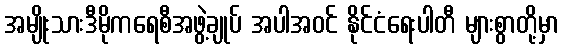
အမျိုးသားဒီမိုကရေစီအဖွဲ့ချုပ် အပါအဝင် နိုင်ငံရေးပါတီ များစွာတို့မှာ